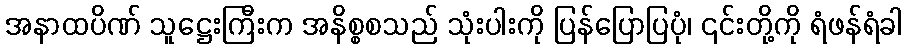
အနာထပိဏ် သူဋ္ဌေးကြီးက အနိစ္စစသည် သုံးပါးကို ပြန်ပြောပြပုံ၊ ၎င်းတို့ကို ရံဖန်ရံခါ